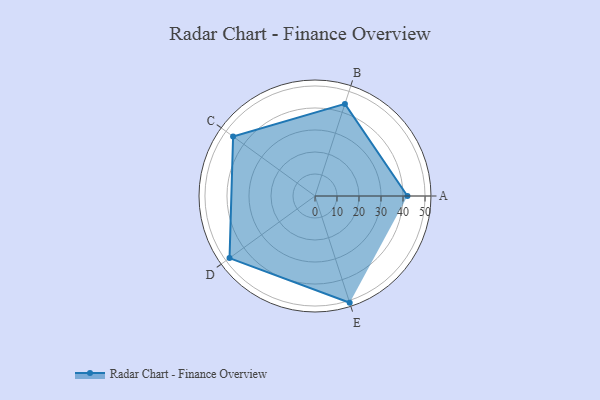
{"axis": {"x": "Skill", "y": "Score"}, "legend": ["Profile"], "data": [{"x": "A", "y": 42.0, "type": "Profile"}, {"x": "B", "y": 44.0, "type": "Profile"}, {"x": "C", "y": 46.0, "type": "Profile"}, {"x": "D", "y": 48.0, "type": "Profile"}, {"x": "E", "y": 51.0, "type": "Profile"}]}